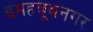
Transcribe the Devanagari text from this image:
इमहबूबनगर